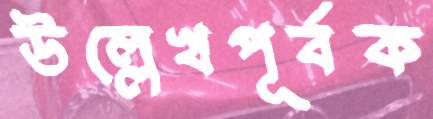
উল্লেখপূর্বক